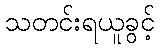
သတင်းရယူခွင့်